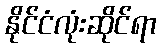
နိုင်ငံလုံးဆိုင်ရာ